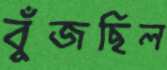
বুঁজছিল